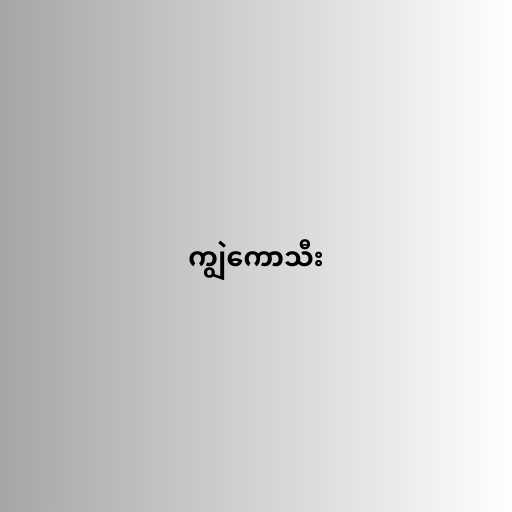
ကျွဲကောသီး